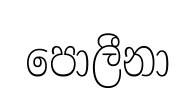
පොලීනා